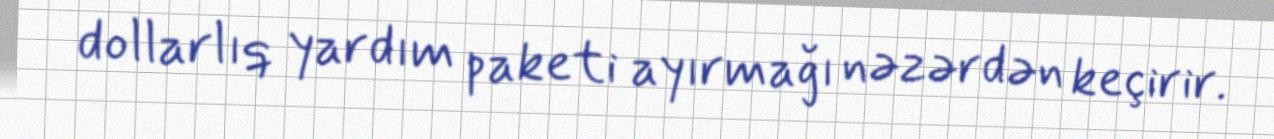
dollarlıq yardım paketi ayırmağı nəzərdən keçirir.